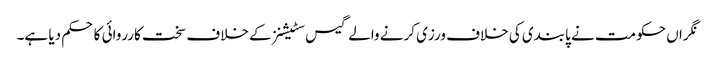
نگراں حکومت نے پابندی کی خلاف ورزی کرنے والے گیس سٹیشنز کے خلاف سخت کارروائی کا حکم دیا ہے۔